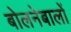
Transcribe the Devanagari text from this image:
बोलनेबालों